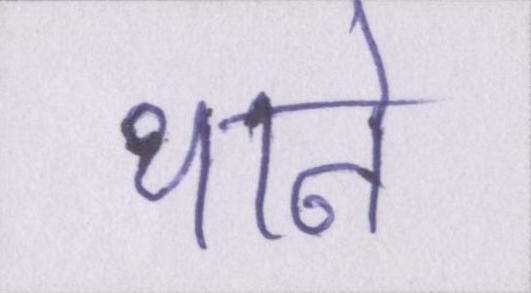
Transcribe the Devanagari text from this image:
थाने